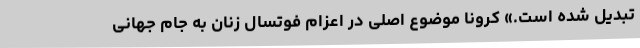
تبدیل شده است.» کرونا موضوع اصلی در اعزام فوتسال زنان به جام جهانی